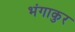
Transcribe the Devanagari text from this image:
भंगाकुर